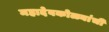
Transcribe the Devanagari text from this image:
महादेवकोळ्यांची